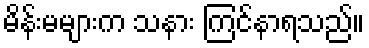
မိန်းမများက သနား ကြင်နာရသည်။